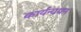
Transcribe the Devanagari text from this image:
कार्यन्वयन